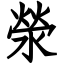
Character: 滎